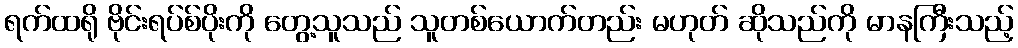
ရက်ထရို ဗိုင်းရပ်စ်ပိုးကို တွေ့သူသည် သူတစ်ယောက်တည်း မဟုတ် ဆိုသည်ကို မာနကြီးသည့်